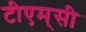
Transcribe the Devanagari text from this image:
टीएम्‌सी